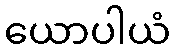
ယောပါယံ